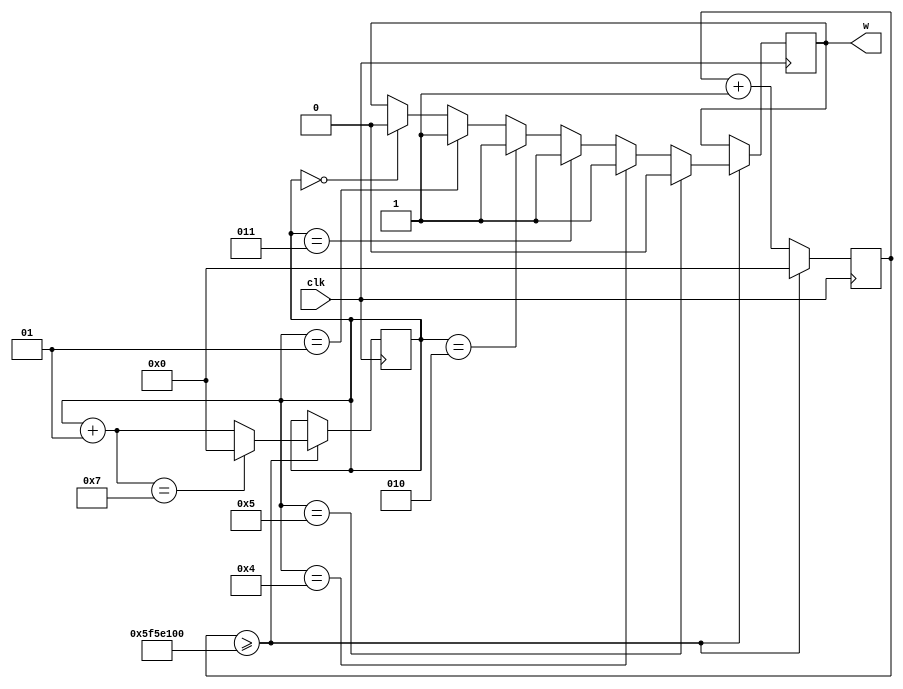
module out_W(w, clk);

output reg w;
input clk;

reg[31:0] front = 0;
integer cnt = 0;
// Clocking operations
always @(posedge clk)
begin
	if (front >= 32'd100000000)
	begin
		front <= 32'd0;
		if (cnt == 0) 
			w = 0;
		if (cnt == 1) 
			w = 1;
		if (cnt == 2)
			w = 1;
		if (cnt == 3)
			w = 1;
		if (cnt == 4)
			w = 1;
		if (cnt == 5)
			w = 0;
		cnt = cnt + 1;
		if (cnt == 7)
			cnt = 0;
	end
	else
	front <= front + 1'b1;
end

endmodule